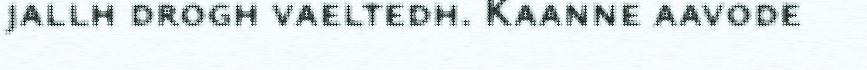
jallh drogh vaeltedh. Kaanne aavode